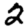
Digit: 2